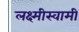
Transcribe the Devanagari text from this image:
लक्ष्मीस्वामी